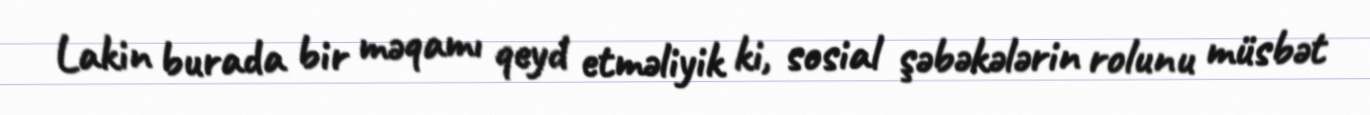
Lakin burada bir məqamı qeyd etməliyik ki, sosial şəbəkələrin rolunu müsbət